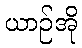
ယာဉ်အို